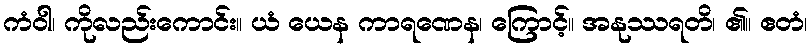
ကံဝါ၊ ကိုလည်းကောင်း။ ယံ ယေန ကာရဏေန၊ ကြောင့်။ အနုဿရတိ၊ ၏။ ဧတံ၊